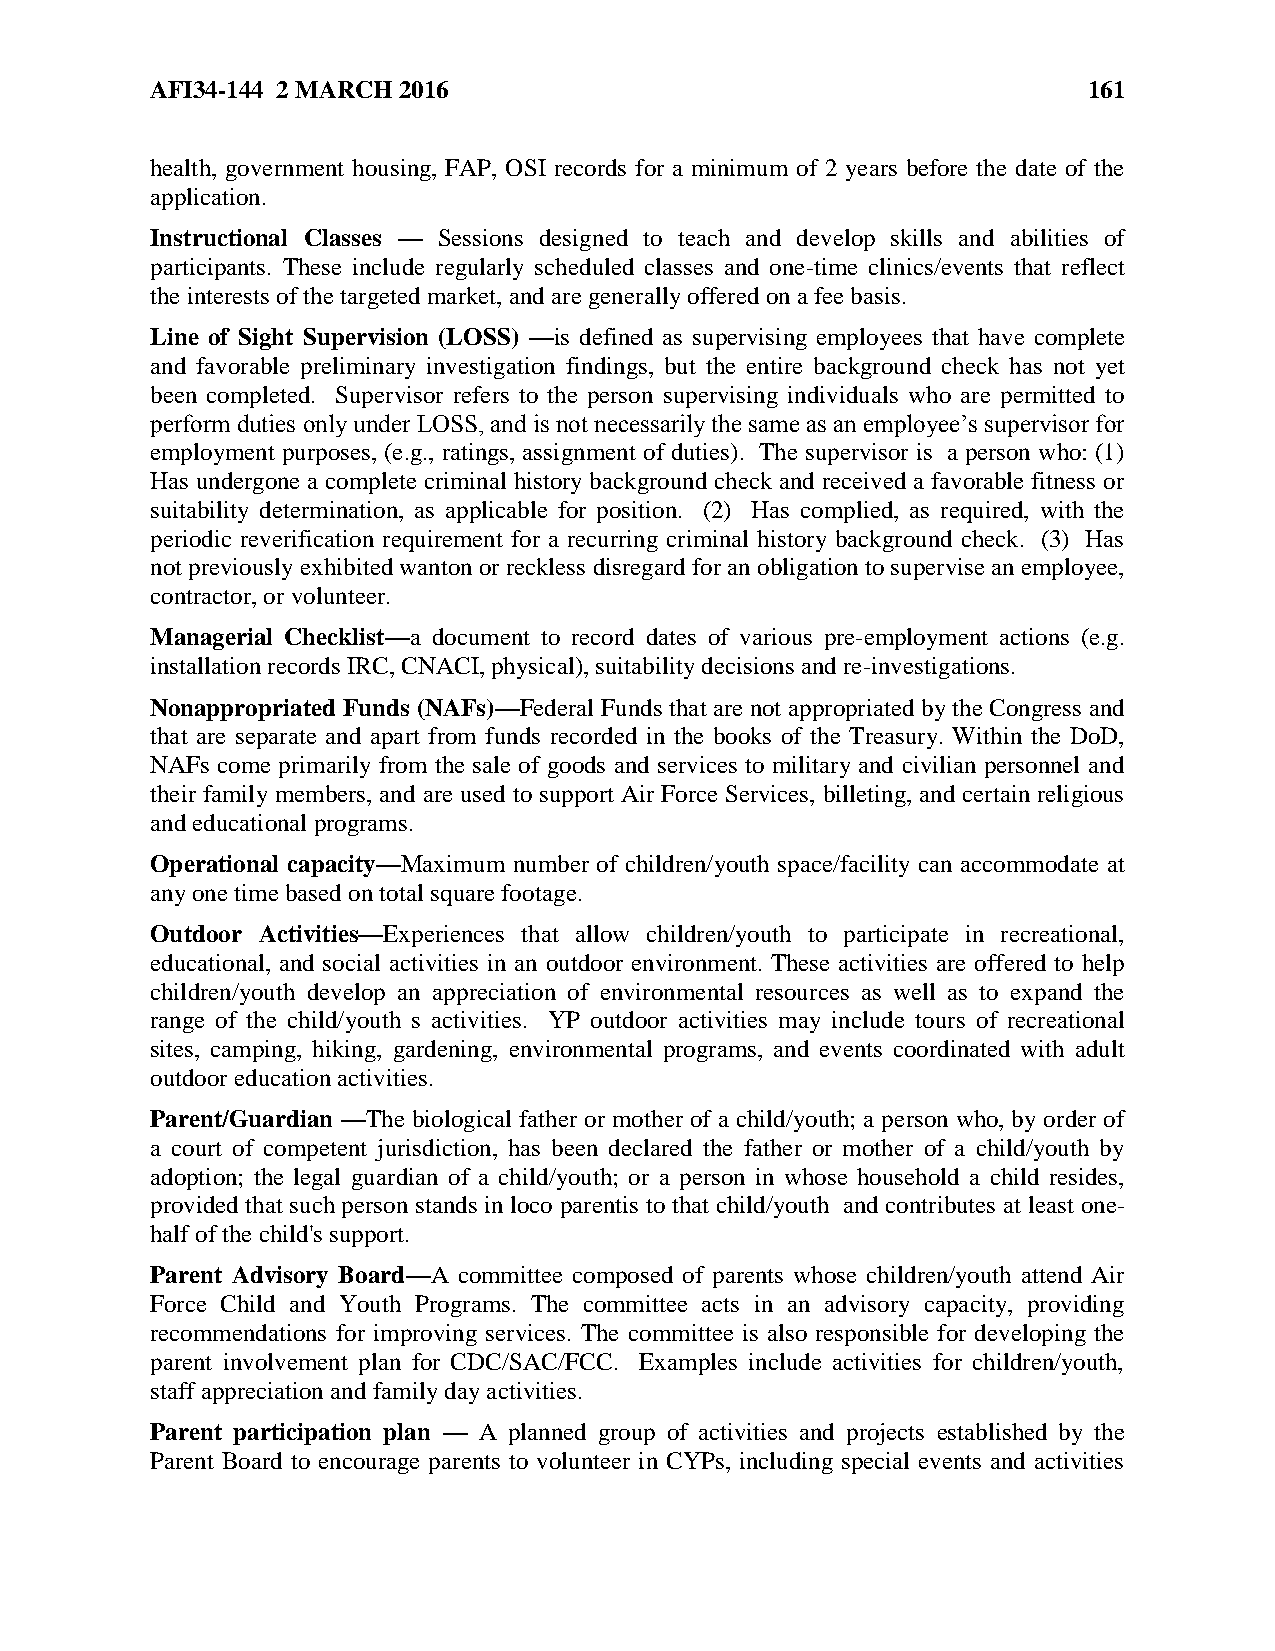
AFI34-144 2 MARCH 2016                                        161
 health, government housing, FAP, OSI records for a minimum of 2 years before the date of the
 application.
 Instructional Classes — Sessions designed to teach and develop skills and abilities of
 participants. These include regularly scheduled classes and one-time clinics/events that reflect
 the interests of the targeted market, and are generally offered on a fee basis.
 Line of Sight Supervision (LOSS) —is defined as supervising employees that have complete
 and favorable preliminary investigation findings, but the entire background check has not yet
 been completed. Supervisor refers to the person supervising individuals who are permitted to
 perform duties only under LOSS, and is not necessarily the same as an employee’s supervisor for
 employment purposes, (e.g., ratings, assignment of duties). The supervisor is a person who: (1)
 Has undergone a complete criminal history background check and received a favorable fitness or
 suitability determination, as applicable for position. (2) Has complied, as required, with the
 periodic reverification requirement for a recurring criminal history background check. (3) Has
 not previously exhibited wanton or reckless disregard for an obligation to supervise an employee,
 contractor, or volunteer.
 Managerial Checklist—a document to record dates of various pre-employment actions (e.g.
 installation records IRC, CNACI, physical), suitability decisions and re-investigations.
 Nonappropriated Funds (NAFs)—Federal Funds that are not appropriated by the Congress and
 that are separate and apart from funds recorded in the books of the Treasury. Within the DoD,
 NAFs come primarily from the sale of goods and services to military and civilian personnel and
 their family members, and are used to support Air Force Services, billeting, and certain religious
 and educational programs.
 Operational capacity—Maximum number of children/youth space/facility can accommodate at
 any one time based on total square footage.
 Outdoor Activities—Experiences that allow children/youth to participate in recreational,
 educational, and social activities in an outdoor environment. These activities are offered to help
 children/youth develop an appreciation of environmental resources as well as to expand the
 range of the child/youth s activities. YP outdoor activities may include tours of recreational
 sites, camping, hiking, gardening, environmental programs, and events coordinated with adult
 outdoor education activities.
 Parent/Guardian —The biological father or mother of a child/youth; a person who, by order of
 a court of competent jurisdiction, has been declared the father or mother of a child/youth by
 adoption; the legal guardian of a child/youth; or a person in whose household a child resides,
 provided that such person stands in loco parentis to that child/youth and contributes at least one-
 half of the child's support.
 Parent Advisory Board—A committee composed of parents whose children/youth attend Air
 Force Child and Youth Programs. The committee acts in an advisory capacity, providing
 recommendations for improving services. The committee is also responsible for developing the
 parent involvement plan for CDC/SAC/FCC. Examples include activities for children/youth,
 staff appreciation and family day activities.
 Parent participation plan — A planned group of activities and projects established by the
 Parent Board to encourage parents to volunteer in CYPs, including special events and activities